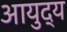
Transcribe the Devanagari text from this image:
आयुद्य